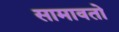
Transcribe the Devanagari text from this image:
सामावतो